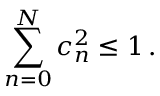
\sum _ { n = 0 } ^ { N } c _ { n } ^ { 2 } \leq 1 \, .